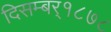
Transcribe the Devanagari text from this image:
दिसम्बर्१८७८